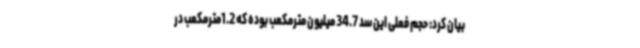
بیان کرد: حجم فعلی این سد 34.7 میلیون مترمکعب بوده که 1.2مترمکعب در